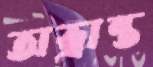
অভ্রান্ত